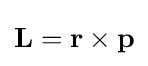
\mathbf {L} =\mathbf {r} \times \mathbf {p}